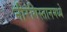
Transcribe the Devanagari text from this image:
नीरंगिस्तानमध्ये